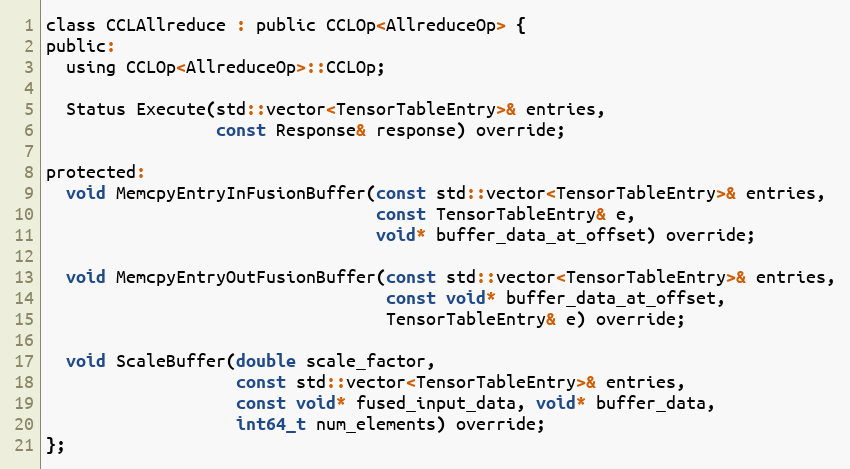
Language: C
class CCLAllreduce : public CCLOp<AllreduceOp> {
public:
  using CCLOp<AllreduceOp>::CCLOp;

  Status Execute(std::vector<TensorTableEntry>& entries,
                 const Response& response) override;

protected:
  void MemcpyEntryInFusionBuffer(const std::vector<TensorTableEntry>& entries,
                                 const TensorTableEntry& e,
                                 void* buffer_data_at_offset) override;

  void MemcpyEntryOutFusionBuffer(const std::vector<TensorTableEntry>& entries,
                                  const void* buffer_data_at_offset,
                                  TensorTableEntry& e) override;

  void ScaleBuffer(double scale_factor,
                   const std::vector<TensorTableEntry>& entries,
                   const void* fused_input_data, void* buffer_data,
                   int64_t num_elements) override;
};